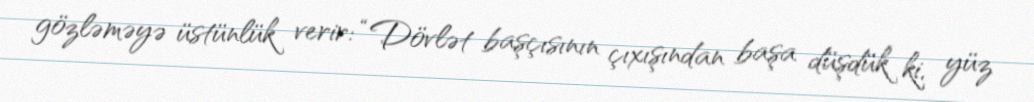
gözləməyə üstünlük verir: “Dövlət başçısının çıxışından başa düşdük ki, yüz